Lunatic asylums Madras 1892-1911 - 1892-1911
Year: 1892
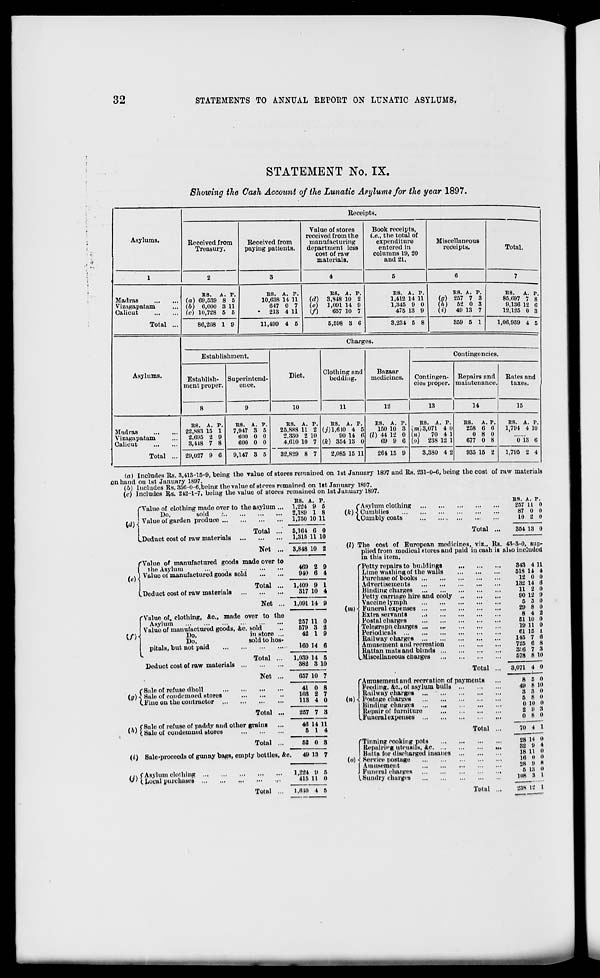
32
STATEMENTS TO ANNUAL BEPOTtT ON LUNATIC ASYLUMS.
STATEMENT No. IX.
Showing the Cash Account of the Lunatic Asylums for the year 1897.
Asylums.
Receipts.
Received from
Treasury.
Received from
paying patients.
Value of stores
received from the
manufacturing
department less
cost of raw
materials.
Book receipts,
i.e., the total of
expenditure
entered in
columns 19, 20
and 21.
Miscellaneous
receipts.
Total.
1
2
3
4
5
6
7
Madras
Vizagapatam
Calicut
Total ...
ES.
A. P.
(a) 69,539 8 5
(6) 6,000 3 11
(c) 10,728 5 5
ES. A. P.
10,638 14 11
647 0 7
•
213 4 11
ES. A. P.
(d) 3,848 10 2
(e)
1,091 14 9
(/)
657 10 7
ES. A. P.
1,412 14 11
1,345 9 0
475 13 9
ES. A. P.
(fir) 257 7 3
(/i)
62 0 3
(i)
49 13 7
ES.
A. P.
85,697 7 8
9,136 12 6
12,125 0 3
86,208 1 9
11,499 4 5
5,598 3 6
3,234 5 8
859 5 1
1,06,959 4 5
Asylums.
Charges.
Establishment.
Diet.
Clothing and
bedding.
Bazaar
medicines.
Contingencies.
Establish-
ment proper.
Superintend-
ence.
Contingen-
cies proper.
Repairs and
maintenance.
Rates and
taxes.
8
9
10
11
12
13
14
15
Madras
Vizagapatam
Calicut
Total ...
ES. A. P.
22.S83 15 1
2.695 2 9
3,418 7 8
E8. A. P.
7,947 3 6
600 0 0
600 0 0
ES. A. P.
25,888 11 2
2,330 2 10
4,610 10 7
BS. A. P.
(j) 1,610 4 5
90 14 6
(k) 354 13 0
ES. A. P.
150 10 3
(I) 4-1 12 0
69 9 6
ES. A. P.
(MI)3,071 4 0
(M)
70 4 1
(o)
238 12 1
BS.
A. P.
258 6 6
0 8 0
677 0 8
BS. A. P.
1,794 4 10
0 13 6
29,027 9 C
9,147 3 5
32,829 8 7
2,085 15 11
261 15 9
3,380 4 2
935 15 2
1,795 2 4
la) Includes Rs. 3,413-15-9, being the value of stores remained on 1st January 1897 and Rs. 231-0-6, being the cost of
on hand on 1st January 1897.
(/j) Includes Rs.356-0-6,bPing the value of stores remained on 1st January 1807.
Includes Rs. 242-1-7, being the value of Btores remained on 1st January 1897.
BS. A. P.
1,224 9 5
2,189 1 8
1,750 10 11
(«■•)
W)
'Value of clothing made over to the asylum
Do.
sold
Value ol garden produce
(*)
("As;
\ Ou
(.Cu
Asylum clothing
"umblies
unibly coats
LDeduct cost of raw materials
Total
Net
(«)
/"Value of manufactured goods made over to
I the Asylum
J Value oi manufactured goods sold
(.Deduct cost of raw materials
Total
Net
5,161 6
1,315 11
3,848 10
0
10
2
469 2
940 6
9
4
1,109 9
317 10
1
4
1,091 14 9
(/)
(u)
w
Value of. clothing,
Asylum
Value of manufactured goods, &c
Do.
Do.
pitals, but not paid
Deduct cost of raw materials ...
(S:ile of refuse dholl
i Sale of condemned stores
(.Fine on the contractor
&c., made over to the
257 11 0
sold
679 3 2
in store ...
42 I 9
sold to hos-
Total
Net
Total
160 14 6
1,039
382
14 5
3 10
057 10 7
41
103
118
0
2
4
8
7
0
257 7 3
fSalo of rofuso of paddy and other grains
( Sale of condemned stores
40
6
14 11
1 4
Total ...
68 0 8
(i) Sule-procecds of gunny bags, empty bottles, &c.
49 13 7
/1\ f Asylum clothing ...
"' ( Local purchases ...
Total
1,224 l» 6
415 11 0
1.610 4 5
Total
(*)
(Mi)
(n)
The cost of European medicines, viz., Rs
plied from medical stores and paid in cash is
in this item.
'Petty repairs to buildings
Lime washing of the walls
Purchase of books
Advertisements
Binding charges
Petty carriage hire and cooly
Vaccine lymph
Funeral expenses
Extra servants
..■>
Postal charges
Telegraph charges
Periodicals
Railway charges
Amusement and recreation
Rattan mats and blinds
^Miscellaneous charges
Total ...
'Amusement and reerration of payments
Feeding, &c, of asylum bulls
Railway charges
Postage charges
Binding charges
Repair of furniture
..Funeral expenses
raw materials
BS. \. P.
257 u 0
87 0 0
10 2 0
354 13 0
43-3-0, sup-
also inc lUdcd
343 4 11
618 11 4
12 0 0
132 It 6
11 2 0
00 12 0
6 5 0
29 8 0
8 4 2
51 10 0
19 11 0
61 IB 1
115 7 li
725 6 8
3:;fl 7 3
Total
''Tinning rooking pots
Repairieg utensils, &c. ...
Uuttn for discharged insaues
(o) -i Service postage
I Amusement
J Funeral charges
I Sundry charges
578 8 10
3,071 4 0
8 6 0
49 8 10
3 :i (1
5 8 II
0 in a
2 9 :t
0 8 0
70 4 1
28 14 it
32 ' .) i
18 11 (i
16 0 0
28 !l K
5 i;i II
108 3 1
Total ...
23S 12 I